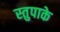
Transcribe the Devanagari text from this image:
स्तुपाके